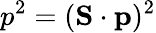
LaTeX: p^{2}=(\mathbf{S}\cdot\mathbf{p})^{2}